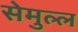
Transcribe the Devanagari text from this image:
सेमुल्ल